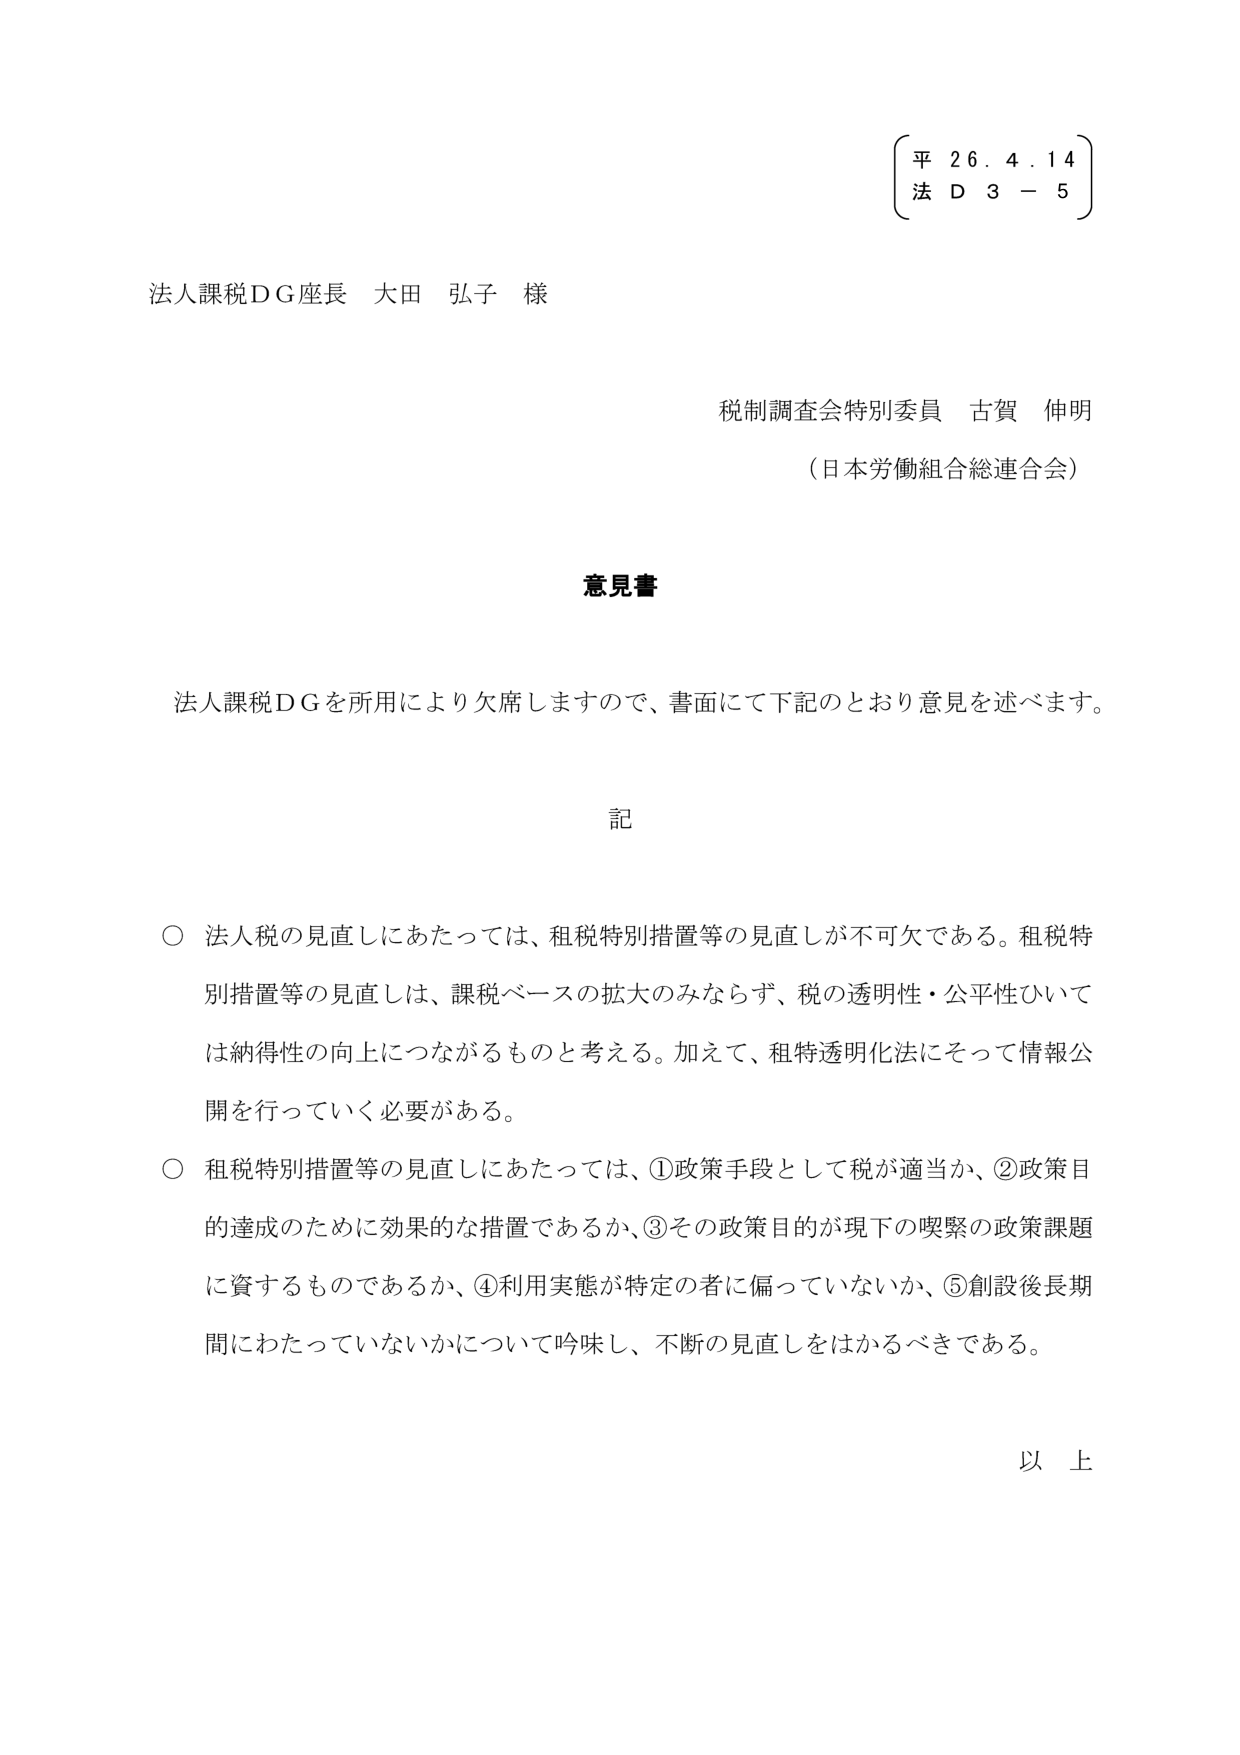
平 26. 4. 14
法 D 3 - 5

法人課税ＤＧ座長 大田 弘子 様

税制調査会特別委員 古賀 伸明
（日本労働組合総連合会）

意見書

法人課税ＤＧを所用により欠席しますので、書面にて下記のとおり意見を述べます。

記

○ 法人税の見直しにあたっては、租税特別措置等の見直しが不可欠である。租税特別措置等の見直しは、課税ベースの拡大のみならず、税の透明性・公平性ひいては納得性の向上につながるものと考える。加えて、租特透明化法にそって情報公開を行っていく必要がある。

○ 租税特別措置等の見直しにあたっては、①政策手段として税が適当か、②政策目的達成のために効果的な措置であるか、③その政策目的が現下の喫緊の政策課題に資するものであるか、④利用実態が特定の者に偏っていないか、⑤創設後長期間にわたっていないかについて吟味し、不断の見直しをはかるべきである。

以上